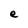
Character: e